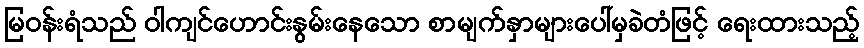
မြဝန်းရံသည် ဝါကျင်ဟောင်းနွမ်းနေသော စာမျက်နှာများပေါ်မှခဲတံဖြင့် ရေးထားသည့်